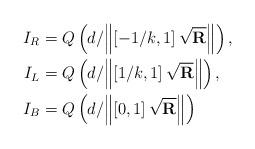
LaTeX: \begin{align*}{I_R} &= Q\left( { {d}/{{\left\| {\left[ { - 1/k,1} \right]\sqrt {\textbf{R}} } \right\|}}} \right),\\{I_L} &= Q\left( {{d}/{{\left\| {\left[ {1/k,1} \right]\sqrt {\textbf{R}} } \right\|}}} \right),\\{I_B} &= Q\left( {{d}/{{\left\| {\left[ {0,1} \right]\sqrt {\textbf{R}} } \right\|}}} \right)\end{align*}